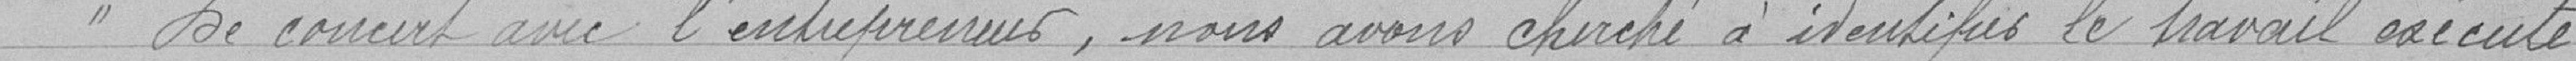
" De concert avec l'entrepreneur, nous avons cherché à intensifier le travail exécuté